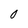
Character: 0